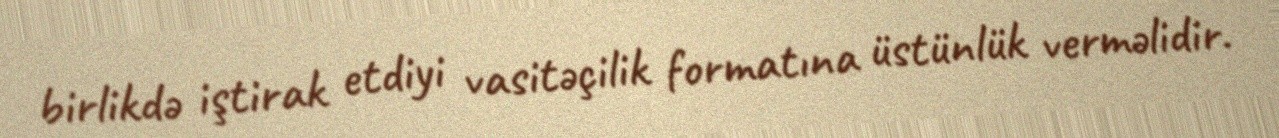
birlikdə iştirak etdiyi vasitəçilik formatına üstünlük verməlidir.